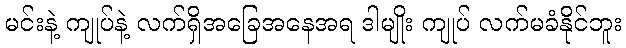
မင်းနဲ့ ကျုပ်နဲ့ လက်ရှိအခြေအနေအရ ဒါမျိုး ကျုပ် လက်မခံနိုင်ဘူး